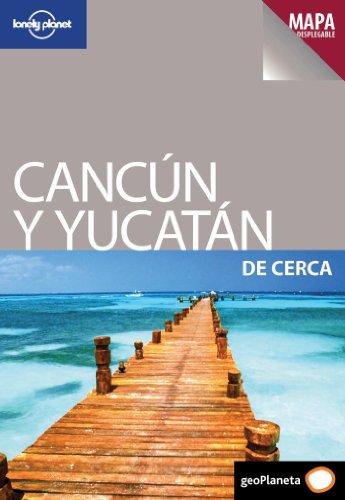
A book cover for Lonely Planet Cancun y la Yucatan de Cerca (Travel Guide) (Spanish Edition); Lonely Planet; Travel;